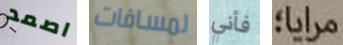
اصمد لمسافات فأني مرايا؛